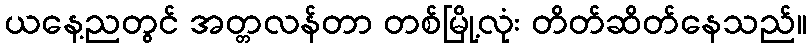
ယနေ့ညတွင် အတ္တလန်တာ တစ်မြို့လုံး တိတ်ဆိတ်နေသည်။